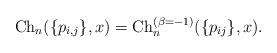
LaTeX: \begin{gather*}{\rm Ch}_{n}(\{p_{i,j}\},x) = {\rm Ch}_{n}^{(\beta = - 1)}(\{p_{ij}\},x).\end{gather*}